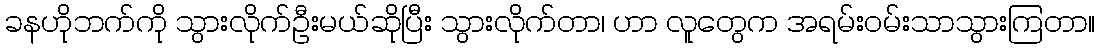
ခနဟိုဘက်ကို သွားလိုက်ဦးမယ်ဆိုပြီး သွားလိုက်တာ၊ ဟာ လူတွေက အရမ်းဝမ်းသာသွားကြတာ။